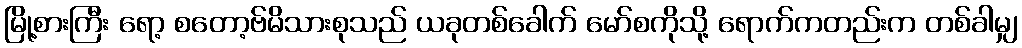
မြို့စားကြီး ရော့ စတော့ဗ်မိသားစုသည် ယခုတစ်ခေါက် မော်စကိုသို့ ရောက်ကတည်းက တစ်ခါမျှ